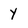
Character: y